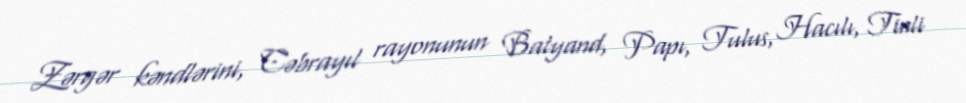
Zərgər kəndlərini, Cəbrayıl rayonunun Balyand, Papı, Tulus, Hacılı, Tinli